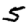
Digit: 5